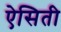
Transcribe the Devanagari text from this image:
ऐसिती